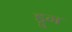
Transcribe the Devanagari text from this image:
ड्रुग